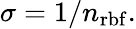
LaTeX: \sigma=1/n_{\mathrm{rbf}}.